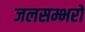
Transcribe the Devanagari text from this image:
जलसम्भरों